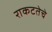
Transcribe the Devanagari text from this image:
राकटतेचे